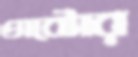
অক্টোর